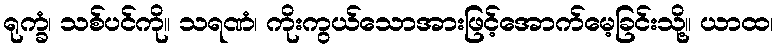
ရုက္ခံ၊ သစ်ပင်ကို။ သရဏံ၊ ကိုးကွယ်သောအားဖြင့်အောက်မေ့ခြင်းသို့။ ယာထ၊